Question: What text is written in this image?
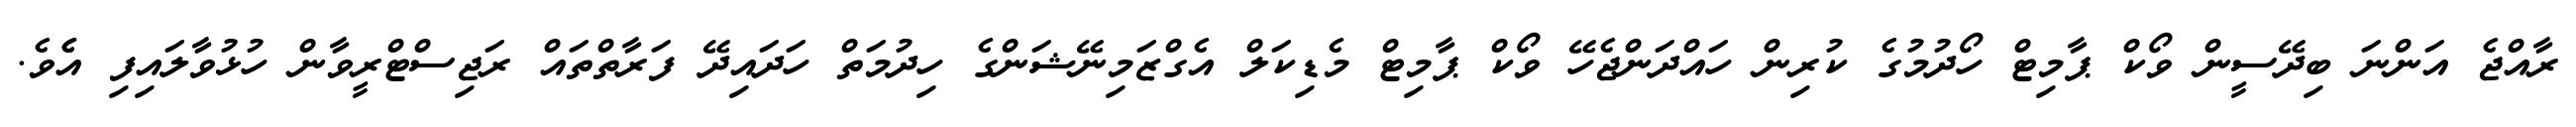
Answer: ރާއްޖެ އަންނަ ބިދޭސީން ވޯކް ޕާމިޓް ހޯދުމުގެ ކުރިން ހައްދަންޖެހޭ ވޯކް ޕާމިޓް މެޑިކަލް އެގްޒަމިނޭޝަންގެ ހިދުމަތް ހަދައިދޭ ފަރާތްތައް ރަޖިސްޓްރީވާން ހުޅުވާލައިފި އެެވެ.